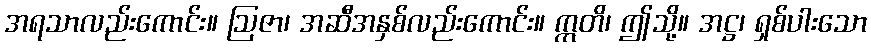
အရသာလည်းကောင်း။ ဩဇာ၊ အဆီအနှစ်လည်းကောင်း။ ဣတိ၊ ဤသို့။ အဋ္ဌ၊ ရှစ်ပါးသော